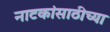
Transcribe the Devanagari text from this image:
नाटकांसाठीच्या